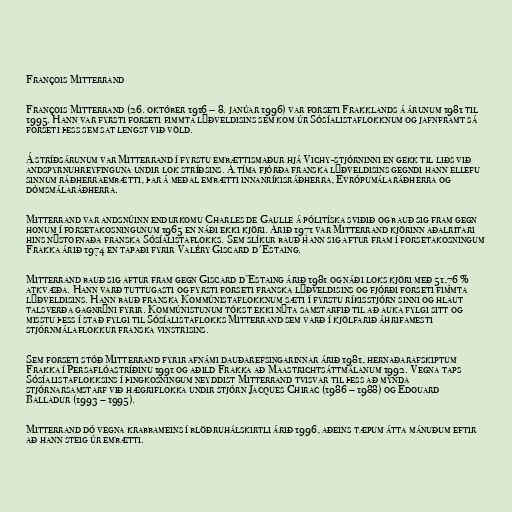
François Mitterrand

François Mitterrand (26. október 1916 – 8. janúar 1996) var forseti Frakklands á árunum 1981 til
1995. Hann var fyrsti forseti fimmta lýðveldisins sem kom úr Sósíalistaflokknum og jafnframt sá
forseti þess sem sat lengst við völd.

Á stríðsárunum var Mitterrand í fyrstu embættismaður hjá Vichy-stjórninni en gekk til liðs við
andspyrnuhreyfinguna undir lok stríðsins. Á tíma fjórða franska lýðveldisins gegndi hann ellefu
sinnum ráðherraembætti, þar á meðal embætti innanríkisráðherra, Evrópumálaráðherra og
dómsmálaráðherra.

Mitterrand var andsnúinn endurkomu Charles de Gaulle á pólitíska sviðið og bauð sig fram gegn
honum í forsetakosningunum 1965 en náði ekki kjöri. Árið 1971 var Mitterrand kjörinn aðalritari
hins nýstofnaða franska Sósíalistaflokks. Sem slíkur bauð hann sig aftur fram í forsetakosningum
Frakka árið 1974 en tapaði fyrir Valéry Giscard d'Estaing.

Mitterrand bauð sig aftur fram gegn Giscard d’Estaing árið 1981 og náði loks kjöri með 51,76 %
atkvæða. Hann varð tuttugasti og fyrsti forseti franska lýðveldisins og fjórði forseti fimmta
lýðveldisins. Hann bauð franska Kommúnistaflokknum sæti í fyrstu ríkisstjórn sinni og hlaut
talsverða gagnrýni fyrir. Kommúnistunum tókst ekki nýta samstarfið til að auka fylgi sitt og
misstu þess í stað fylgi til Sósíalistaflokks Mitterrand sem varð í kjölfarið áhrifamesti
stjórnmálaflokkur franska vinstrisins.

Sem forseti stóð Mitterrand fyrir afnámi dauðarefsingarinnar árið 1981, hernaðarafskiptum
Frakka í Persaflóastríðinu 1991 og aðild Frakka að Maastrichtsáttmálanum 1992. Vegna taps
Sósíalistaflokksins í þingkosningum neyddist Mitterrand tvisvar til þess að mynda
stjórnarsamstarf við hægriflokka undir stjórn Jacques Chirac (1986 – 1988) og Édouard
Balladur (1993 – 1995).

Mitterrand dó vegna krabbameins í blöðruhálskirtli árið 1996, aðeins tæpum átta mánuðum eftir
að hann steig úr embætti.